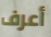
أعرف